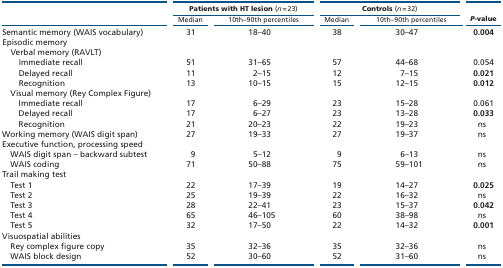
<table><thead><tr><td rowspan="2"></td><td colspan="2"><b>Patients with HT lesion (<i>n</i> = 23)</b></td><td colspan="2"><b>Controls (<i>n</i> = 32)</b></td><td rowspan="2"><b><i>P</i>-value</b></td></tr><tr><td><b>Median</b></td><td><b>10th–90th percentiles</b></td><td><b>Median</b></td><td><b>10th–90th percentiles</b></td></tr></thead><tbody><tr><td>Semantic memory (WAIS vocabulary)</td><td>31</td><td>18–40</td><td>38</td><td>30–47</td><td><b>0.004</b></td></tr><tr><td colspan="6">Episodic memory</td></tr><tr><td colspan="6"> Verbal memory (RAVLT)</td></tr><tr><td>Immediate recall</td><td>51</td><td>31–65</td><td>57</td><td>44–68</td><td>0.054</td></tr><tr><td>Delayed recall</td><td>11</td><td>2–15</td><td>12</td><td>7–15</td><td><b>0.021</b></td></tr><tr><td>Recognition</td><td>13</td><td>10–15</td><td>15</td><td>12–15</td><td><b>0.012</b></td></tr><tr><td colspan="6"> Visual memory (Rey Complex Figure)</td></tr><tr><td>Immediate recall</td><td>17</td><td>6–29</td><td>23</td><td>15–28</td><td>0.061</td></tr><tr><td>Delayed recall</td><td>17</td><td>6–27</td><td>23</td><td>13–28</td><td><b>0.033</b></td></tr><tr><td>Recognition</td><td>21</td><td>20–23</td><td>22</td><td>19–23</td><td>ns</td></tr><tr><td>Working memory (WAIS digit span)</td><td>27</td><td>19–33</td><td>27</td><td>19–37</td><td>ns</td></tr><tr><td colspan="6">Executive function, processing speed</td></tr><tr><td> WAIS digit span – backward subtest</td><td>9</td><td>5–12</td><td>9</td><td>6–13</td><td>ns</td></tr><tr><td> WAIS coding</td><td>71</td><td>50–88</td><td>75</td><td>59–101</td><td>ns</td></tr><tr><td colspan="6">Trail making test</td></tr><tr><td> Test 1</td><td>22</td><td>17–39</td><td>19</td><td>14–27</td><td><b>0.025</b></td></tr><tr><td> Test 2</td><td>25</td><td>19–39</td><td>22</td><td>16–32</td><td>ns</td></tr><tr><td> Test 3</td><td>28</td><td>22–41</td><td>23</td><td>15–37</td><td><b>0.042</b></td></tr><tr><td> Test 4</td><td>65</td><td>46–105</td><td>60</td><td>38–98</td><td>ns</td></tr><tr><td> Test 5</td><td>32</td><td>17–50</td><td>22</td><td>14–32</td><td><b>0.001</b></td></tr><tr><td colspan="6">Visuospatial abilities</td></tr><tr><td> Rey complex figure copy</td><td>35</td><td>32–36</td><td>35</td><td>32–36</td><td>ns</td></tr><tr><td> WAIS block design</td><td>52</td><td>30–60</td><td>52</td><td>31–60</td><td>ns</td></tr></tbody></table>